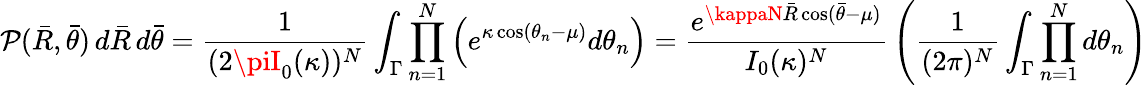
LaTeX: \mathcal{P}({\bar{{R}}},{\bar{{\theta}}})\, d{\bar{{R}}}\, d{\bar{{\theta}}}={\frac{{1}}{{(2\piI_{0}(\kappa))^{N}}}}\int_{\Gamma}\prod_{n=1}^{N}\left(e^{\kappa\cos(\theta_{n}-\mu)}d\theta_{n}\right)={\frac{{e^{\kappaN{\bar{{R}}}\cos({\bar{{\theta}}}-\mu)}}}{{I_{0}(\kappa)^{N}}}}\left({\frac{{1}}{{(2\pi)^{N}}}}\int_{\Gamma}\prod_{n=1}^{N}d\theta_{n}\right)